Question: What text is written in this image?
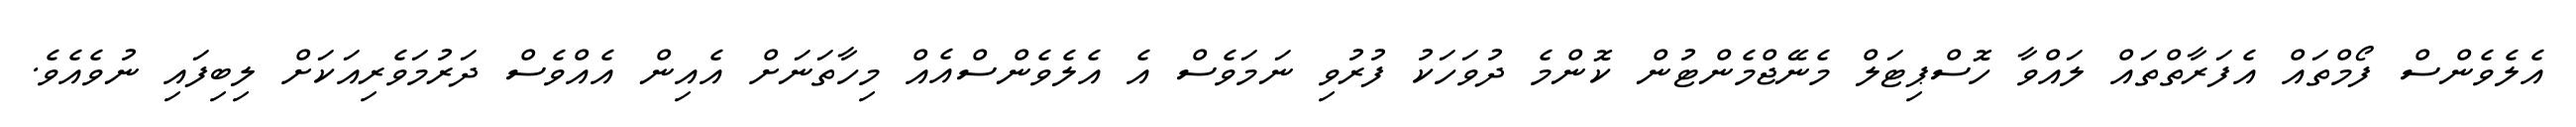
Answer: އެލެވެންސް ފޯމްތައް އެފަރާތްތައް ލައްވާ ހޮސްޕިޓަލް މެނޭޖްމެންޓުން ކޮންމެ ދުވަހަކު ފުރުވި ނަމަވެސް އެ އެލެވެންސްއެއް މިހާތަނަށް އެއިން އެއްވެސް ދަރުމަވެރިއަކަށް ލިބިފައި ނުވެއެވެ.